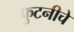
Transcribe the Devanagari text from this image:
फुटनीचे